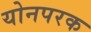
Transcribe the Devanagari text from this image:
योनपरक